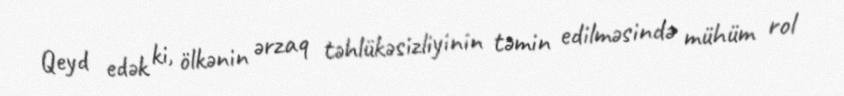
Qeyd edək ki, ölkənin ərzaq təhlükəsizliyinin təmin edilməsində mühüm rol